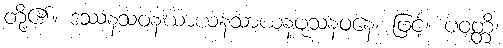
တို့၏။ ဒဿနသဝနဃာယနသာယနဖုသနဝနေ၊ ဖြင့်။ ပဝတ္တိ၊